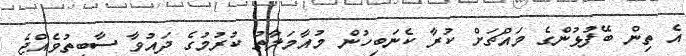
އެ ތިން ބޭފުޅުންގެ މައްޗަށް ކުރާ ކެނަބިހުން މުއާމަލާތު ކުރުމުގެ ދައުވާ ސާބިތުވެއްޖެ